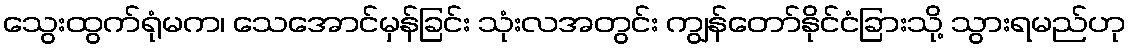
သွေးထွက်ရုံမက၊ သေအောင်မှန်ခြင်း သုံးလအတွင်း ကျွန်တော်နိုင်ငံခြားသို့ သွားရမည်ဟု